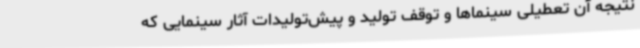
نتیجه آن تعطیلی سینماها و توقف تولید و پیش‌تولیدات آثار سینمایی که